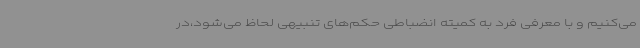
می‌کنیم و با معرفی فرد به کمیته انضباطی حکم‌های تنبیهی لحاظ می‌شود،در